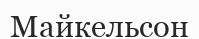
Майкельсон